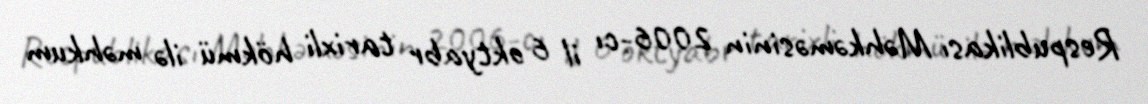
Respublikası Məhkəməsinin 2006-cı il 6 oktyabr tarixli hökmü ilə məhkum